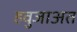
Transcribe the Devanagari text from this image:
हवुजाअत